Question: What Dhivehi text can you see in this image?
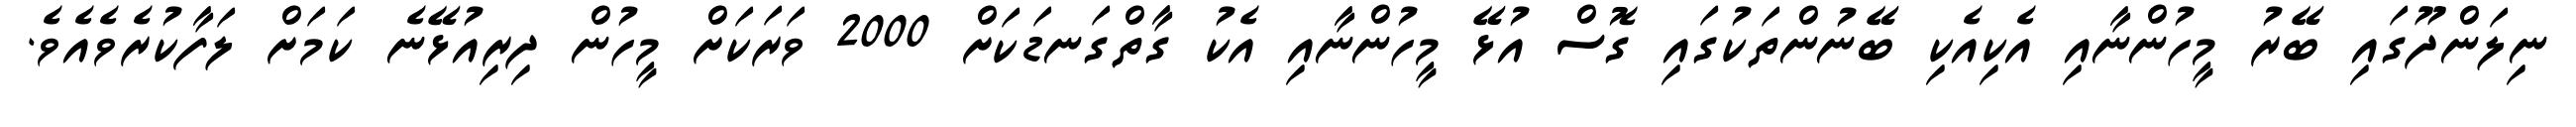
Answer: ނިލަންދޫގައި ބޭރު މީހުންނާއި އެކިއެކި ބޭނުންތަކުގައި ގޮސް އުޅޭ މީހުންނާއި އެކު ގާތްގަނޑަކަށް 2000 ވަރަކަށް މީހުން ދިރިއުޅޭނެ ކަމަށް ލަފާކުރެވެއެވެ.